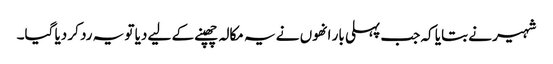
شہیر نے بتایا کہ جب پہلی بار انھوں نے یہ مکالہ چھپنے کے لیے دیا تو یہ رد کر دیا گیا۔